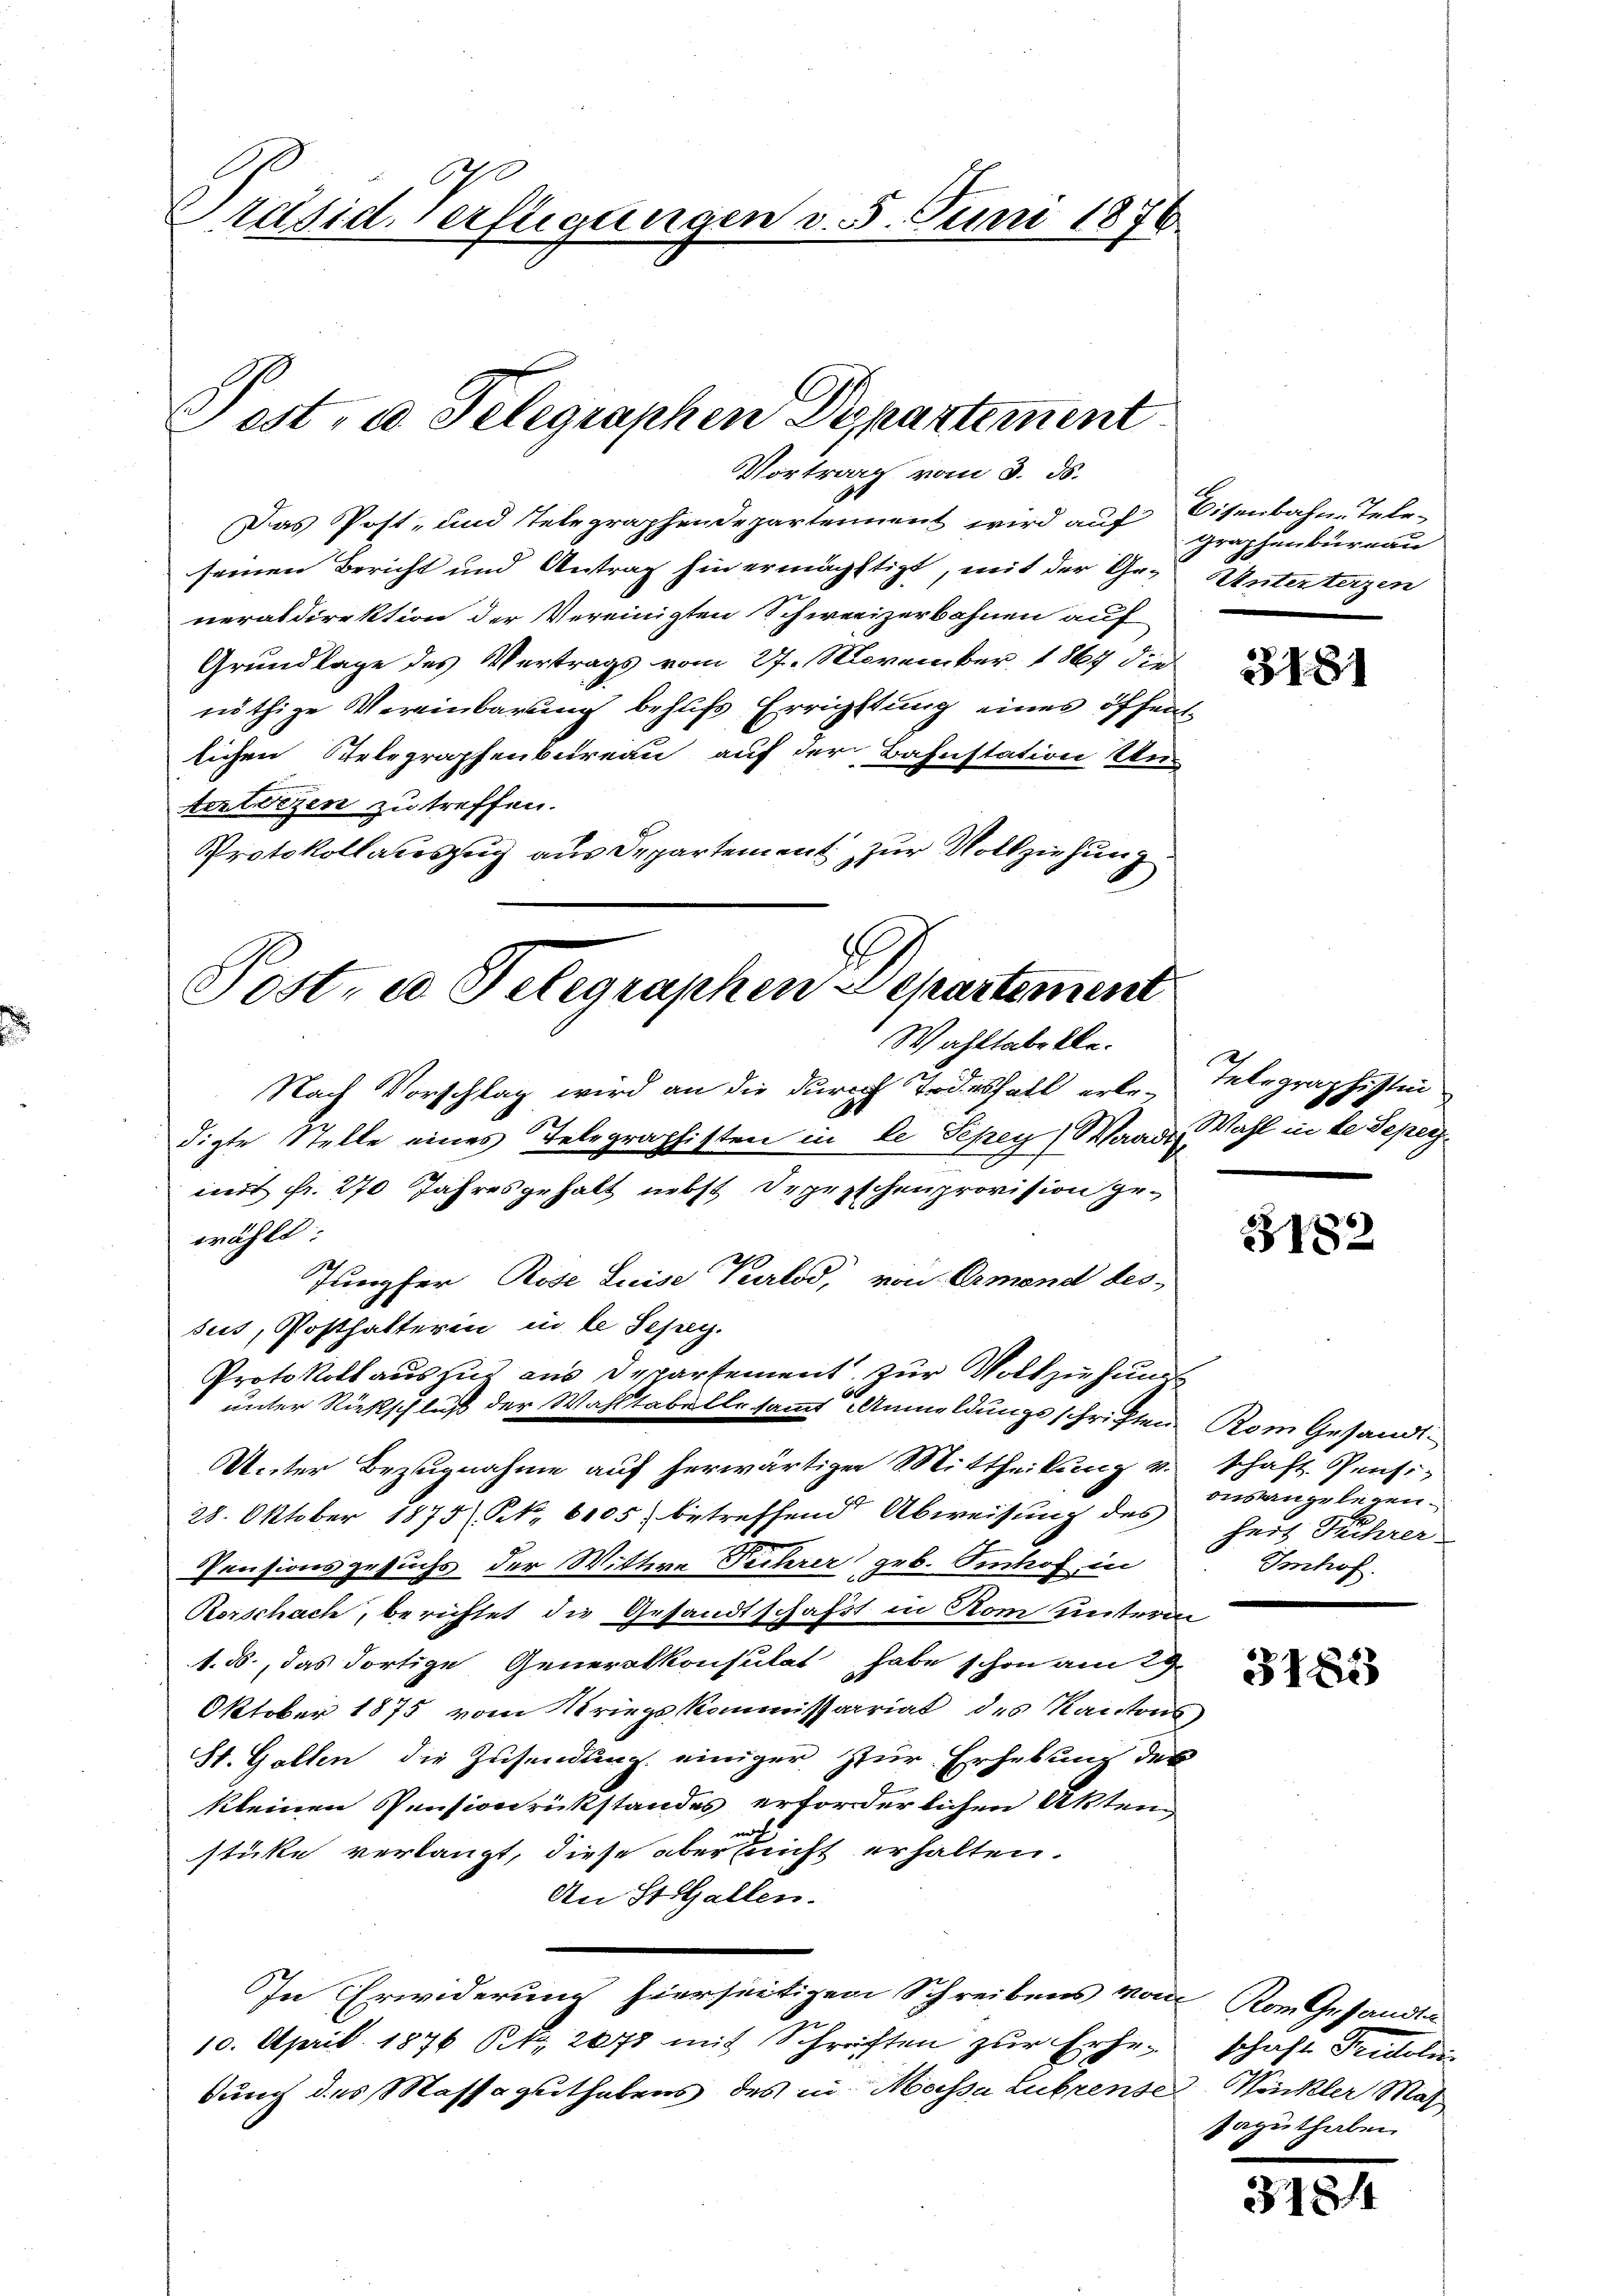
2
Präsid. Verfügungen v. 5. Juni 1876.

Post, u. Telegraphen Departement
Vortrag vom 3. ds.

Das Post- und Telegraphendepartement wird auf Eisenbahn-Teleseinen Bericht und Antrag hin ermächtigt, mit der Generaldirektion der Vereinigten Schweizerbahnen auf
Grundlage des Vertrags vom 27. November 1867 die
nöthige Vereinbarung behufs Errichttung eines öffenlichen Telegraphenbureau auf der Bahnstation Un-
tertezen zu treffen.
Protokollateszug aus Departement zur Vollziehung

Post. e. Telegraphen Departement
Wahltabelle.

Nach Vorschlag wird an die durch Todesfall erle-Telegraphistin
wählt:
Jungfer, Rose Luise Purlod, von Ormond des
sus, Posthalterin in le Schrey.
unter Rißschluß der Wahltabelle sammt Anmeldungsschriften Rom Gesandt¬
Unter Bezugnahme auf herwärtiger Mittheilung u. schaft Pensi-
28. Oktober 1875 N. 6105) betreffend Abweisŭng des
Pensionsgesuchs der Wittwe Fuhrer geb. Einhof in
Rorschach, berichtet die Gesandtschaft in Rom unterm
1. ds., das dortige Generalkonsulat habe schon am 29.
Oktober 1875 vom Kriegskommissariat des Kantons
St. Gallen die Zusendung einiger zur Erhebung des
kleinen Pensionrückstandes erforderlichen Akten
stüke verlangt, diese aberleicht erhalten.
An St.Gallen.
In Erwiderung hierseitigen Schreibens von vom Gesandten
u
10. April 1876 Btz. 2075 mit Schriften zur Erhedung des Massaguthabens des in Massa Lubrense Winkler Mar

digte Stelle eines Telegraphisten in de Pepey) Waadimiert Fr. 270 Jahresgehalt nebst Depeschenprovision ge¬

Protokoll auszug aus Departement zur Vollziehung

graphenbureau
Unterterzen

3181

Wahl in de Deper.

3182

onsangelegen.
hert Kehrer
Imhof.

3183

schaft Fridoli
Paguthaben

31814